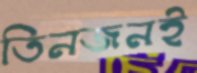
তিনজনই